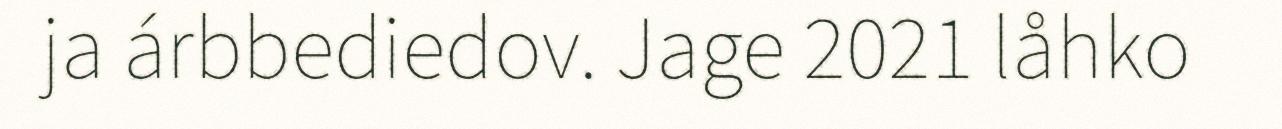
ja árbbediedov. Jage 2021 låhko